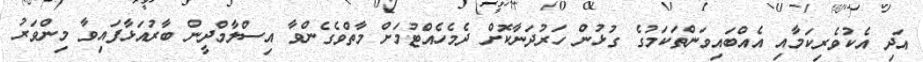
އަދި އެކުވެރިކަމާއި އެއްބައިވަންތަކަމުގެ ގުޅުން ހަރުދަނާކޮށް ދެމެހެއްޓުމަށް މާތްވެގެންވާ އިސްލާމްދީން ބާރުއަޅާފައިވާ މިންވަރު